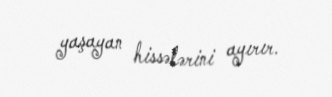
yaşayan hissələrini ayırır.